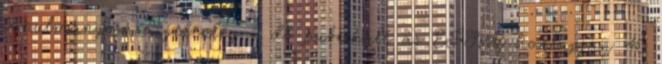
tanulmányozása jelenleg 9 db publikált az EFSA honlapján 40